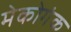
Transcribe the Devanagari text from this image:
मेकोगंक